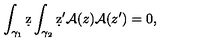
\int _ { \gamma _ { 1 } } \d z \int _ { \gamma _ { 2 } } \d z ^ { \prime } { \cal A } ( z ) { \cal A } ( z ^ { \prime } ) = 0 ,